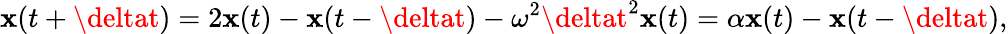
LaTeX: \mathbf{x}(t+\deltat)=2\mathbf{x}(t)-\mathbf{x}(t-\deltat)-\omega^{2}\deltat^{2}\mathbf{x}(t)=\alpha\mathbf{x}(t)-\mathbf{x}(t-\deltat),